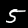
Label: 5